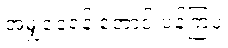
အမျှဝေရန် တောင်းပန်ကြပုံ